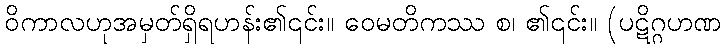
ဝိကာလဟုအမှတ်ရှိရဟန်း၏၎င်း။ ဝေမတိကဿ စ၊ ၏၎င်း။ (ပဋိဂ္ဂဟဏ